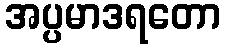
အပ္ပမာဒရတော